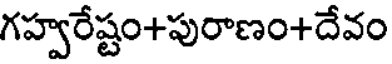
గహ్వరేష్టం+పురాణం+దేవం